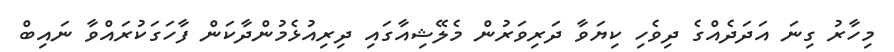
މިހާރު ގިނަ އަދަދެއްގެ ދިވެހި ކިޔަވާ ދަރިވަރުން މެލޭޝިއާގައި ދިރިއުޅެމުންދާކަން ފާހަގަކުރައްވާ ނައިބް